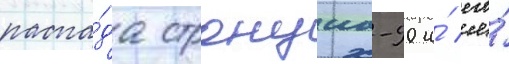
распа́да стронциа-90 и́ его́